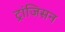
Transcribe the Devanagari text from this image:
ट्रांजिसन